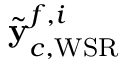
\tilde { \mathbf { y } } _ { c , \mathrm { W S R } } ^ { f , i }